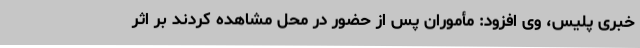
خبری پلیس، وی افزود: مأموران پس از حضور در محل مشاهده کردند بر اثر